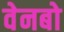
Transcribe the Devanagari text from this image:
वेनबो